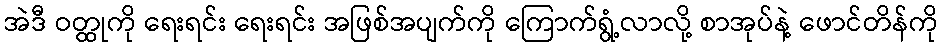
အဲဒီ ဝတ္ထုကို ရေးရင်း ရေးရင်း အဖြစ်အပျက်ကို ကြောက်ရွံ့လာလို့ စာအုပ်နဲ့ ဖောင်တိန်ကို